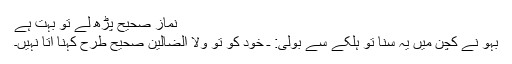
نماز صحیح پڑھ لے تو بہت ہے
بہو نے کچن میں یہ سنا تو ہلکے سے بولی: ـ خود کو تو ولا الضالین صحیح طرح کہنا آتا نہیں۔